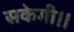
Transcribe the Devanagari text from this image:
सकेगी।।